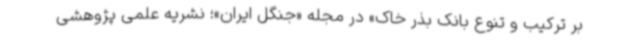
بر ترکیب و تنوع بانک بذر خاک» در مجله «جنگل ایران»؛ نشریه علمی پژوهشی